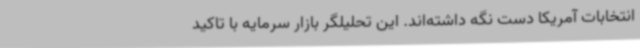
انتخابات آمریکا دست نگه داشته‌اند. این تحلیلگر بازار سرمایه با تاکید